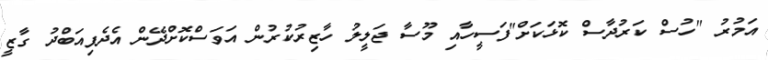
އަމުރު "ހުސް ކަރުދާސް ކޮޅަކަށް"ފަސީހާއި މޫސާ ޖަލީލު ހާޒިރުކުރުން އަވަސްކޮށްދޭން އެދެފިއަބްދު ގާޒީ